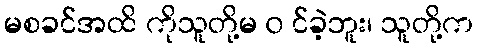
မစခင်အထိ ကိုသူတို့မ ၀ င်ခဲ့ဘူး၊ သူတို့က